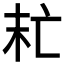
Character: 𠅍